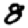
Digit: 8